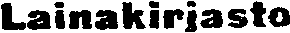
Lainakirjasto